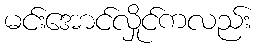
မင်းအောင်လှိုင်ကလည်း